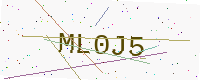
Text: ML0J5